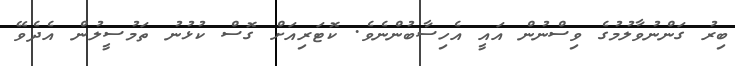
ބިރު ގަންނުވާލުމުގެ ވިސްނުން އައީ އެހިސާބުންނެވެ. ކޮޓަރިއަށް ގޮސް ކުޅުނު ތަމުސީލުން އެދެވޭ